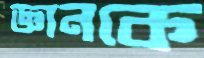
জ্ঞানকে